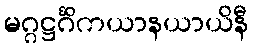
မဂ္ဂဋ္ဌင်္ဂိကယာနယာယိနီ